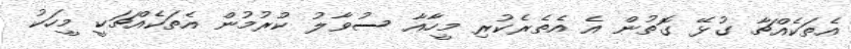
އެތަކެއްޗާ ގުޅޭ ގޮތުން އެ އެތެރެކުރި މީހާއާ ސުވާލު ކުރުމުން އެތަކެއްޗަކީ މީހަކު